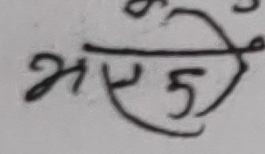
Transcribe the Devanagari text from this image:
भएको